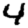
Digit: 4